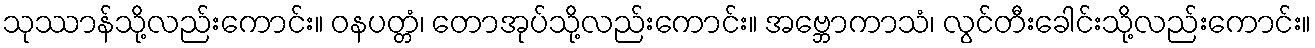
သုဿာန်သို့လည်းကောင်း။ ဝနပတ္တံ၊ တောအုပ်သို့လည်းကောင်း။ အဗ္ဘောကာသံ၊ လွင်တီးခေါင်းသို့လည်းကောင်း။